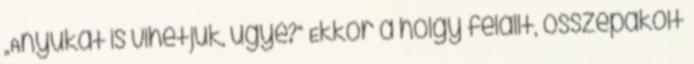
„Anyukát is vihetjük, ugye?” Ekkor a hölgy felállt, összepakolt